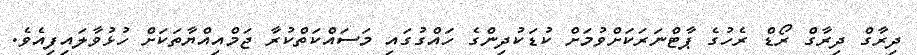
ދިރާގް ދިރާގް ރޯޑް ރެހުގެ ޕާޓްނަރަކަށްވުމަށް ކުޑަކުދިންގެ ހައްގުގައި މަސައްކަތްކުރާ ޖަމްއިއްޔާތަކަށް ހުޅުވާލައިފިއެވެ.